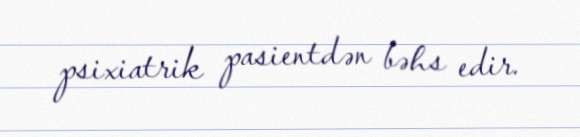
psixiatrik pasientdən bəhs edir.